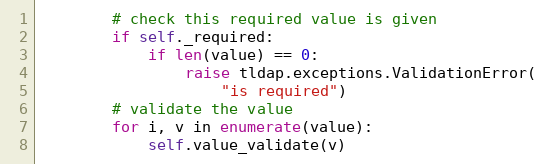
Language: Python
        # check this required value is given
        if self._required:
            if len(value) == 0:
                raise tldap.exceptions.ValidationError(
                    "is required")
        # validate the value
        for i, v in enumerate(value):
            self.value_validate(v)